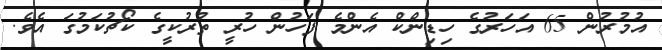
އުމުރުން 65 އަހަރުގެ ހިޑިންކް އެންމެ ފަހުން ހުރީ ތުރުކީގެ ކޯޗުކަމުގަ އެވެ.